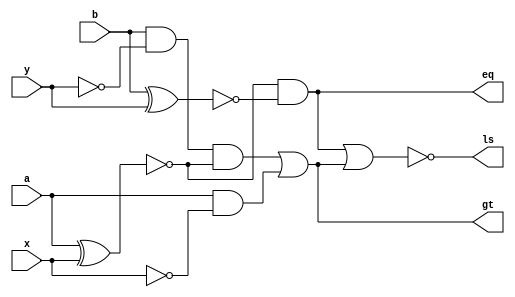
/////////////////////////////////////////
// Basil Skaria (20)                   // 
// S4 CSE                              //
// MITS                                // 
// Verilog codes of lab cycle          //
//                                     //
/////////////////////////////////////////
module Two_b_comp(x,y,a,b,eq,gt,ls);
    output eq,gt,ls;
    input a,b,x,y;
    not n1(x1,x);not nn(y1,y);
    and g1(a1,a,x1);
    xnor g3(xno1,a,x);
    and g2(a2,b,y1,xno1);
    or g4(gt,a2,a1);
    xnor g5(a3,a,x);
    xnor g6(a4,b,y);
    and g7(eq,a3,a4);
    nor g8(ls,eq,gt);
endmodule
	
	
module tb_tm;
	
	reg a,b;
	reg x,y;
	
	wire ls;
	wire eq;
	wire gt;
	
	Two_b_comp uut (.a(a),.b(b),.x(x),.y(y),.ls(ls),.eq(eq),.gt(gt));
	initial begin
		$dumpfile("Comparator.vcd");
		$dumpvars;
		$display("ab | xy |A>B|A=B|A<B");	
		$monitor("%b%b | %b%b | %b | %b | %b",a,b,x,y,gt,eq,ls);
		
		
a=0;b=0;x=0;y=0;#5
a=0;b=0;x=0;y=1;#5
a=0;b=0;x=1;y=0;#5
a=0;b=0;x=1;y=1;#5
a=0;b=1;x=0;y=0;#5
a=0;b=1;x=0;y=1;#5
a=0;b=1;x=1;y=0;#5
a=0;b=1;x=1;y=1;#5
a=1;b=0;x=0;y=0;#5
a=1;b=0;x=0;y=1;#5
a=1;b=0;x=1;y=0;#5
a=1;b=0;x=1;y=1;#5
a=1;b=1;x=0;y=0;#5
a=1;b=1;x=0;y=1;#5
a=1;b=1;x=1;y=0;#5
a=1;b=1;x=1;y=1;#5
a=1;b=1;x=1;y=1;



	end
endmodule